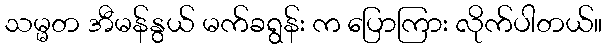
သမ္မတ အီမန်နွယ် မက်ခရွန်း က ပြောကြား လိုက်ပါတယ်။